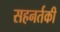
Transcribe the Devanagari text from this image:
सहनर्तकी